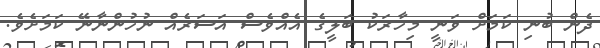
ދެން ބުނި ކަމަށް ވަނީ މިހާރަކު ބަލީގެ އެއްވެސް އަސަރެއް ނުހުންނާނޭ ކަމަށެވެ.